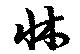
牀